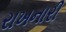
રાખનારી